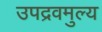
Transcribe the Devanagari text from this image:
उपद्रवमुल्य